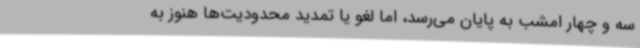
سه و چهار امشب به پایان می‌رسد، اما لغو یا تمدید محدودیت‌ها هنوز به